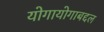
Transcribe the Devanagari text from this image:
योगायोगाबद्दल